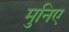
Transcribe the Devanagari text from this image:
मुनिए